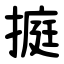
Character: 㨩